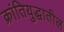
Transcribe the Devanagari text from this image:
क्रांतियुद्धातील